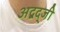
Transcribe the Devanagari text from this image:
अद्बद्जी